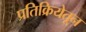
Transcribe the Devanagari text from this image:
प्रतिक्रियेतून